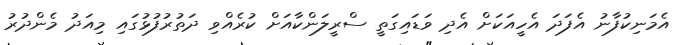
އެމަނިކުފާނު އެފަދަ އެހީއަކަށް އެދި ވަޑައިގަތީ ސްރީލަންކާއަށް ކުރެއްވި ދަތުރުފުޅުގައި މިއަދު މެންދުރު